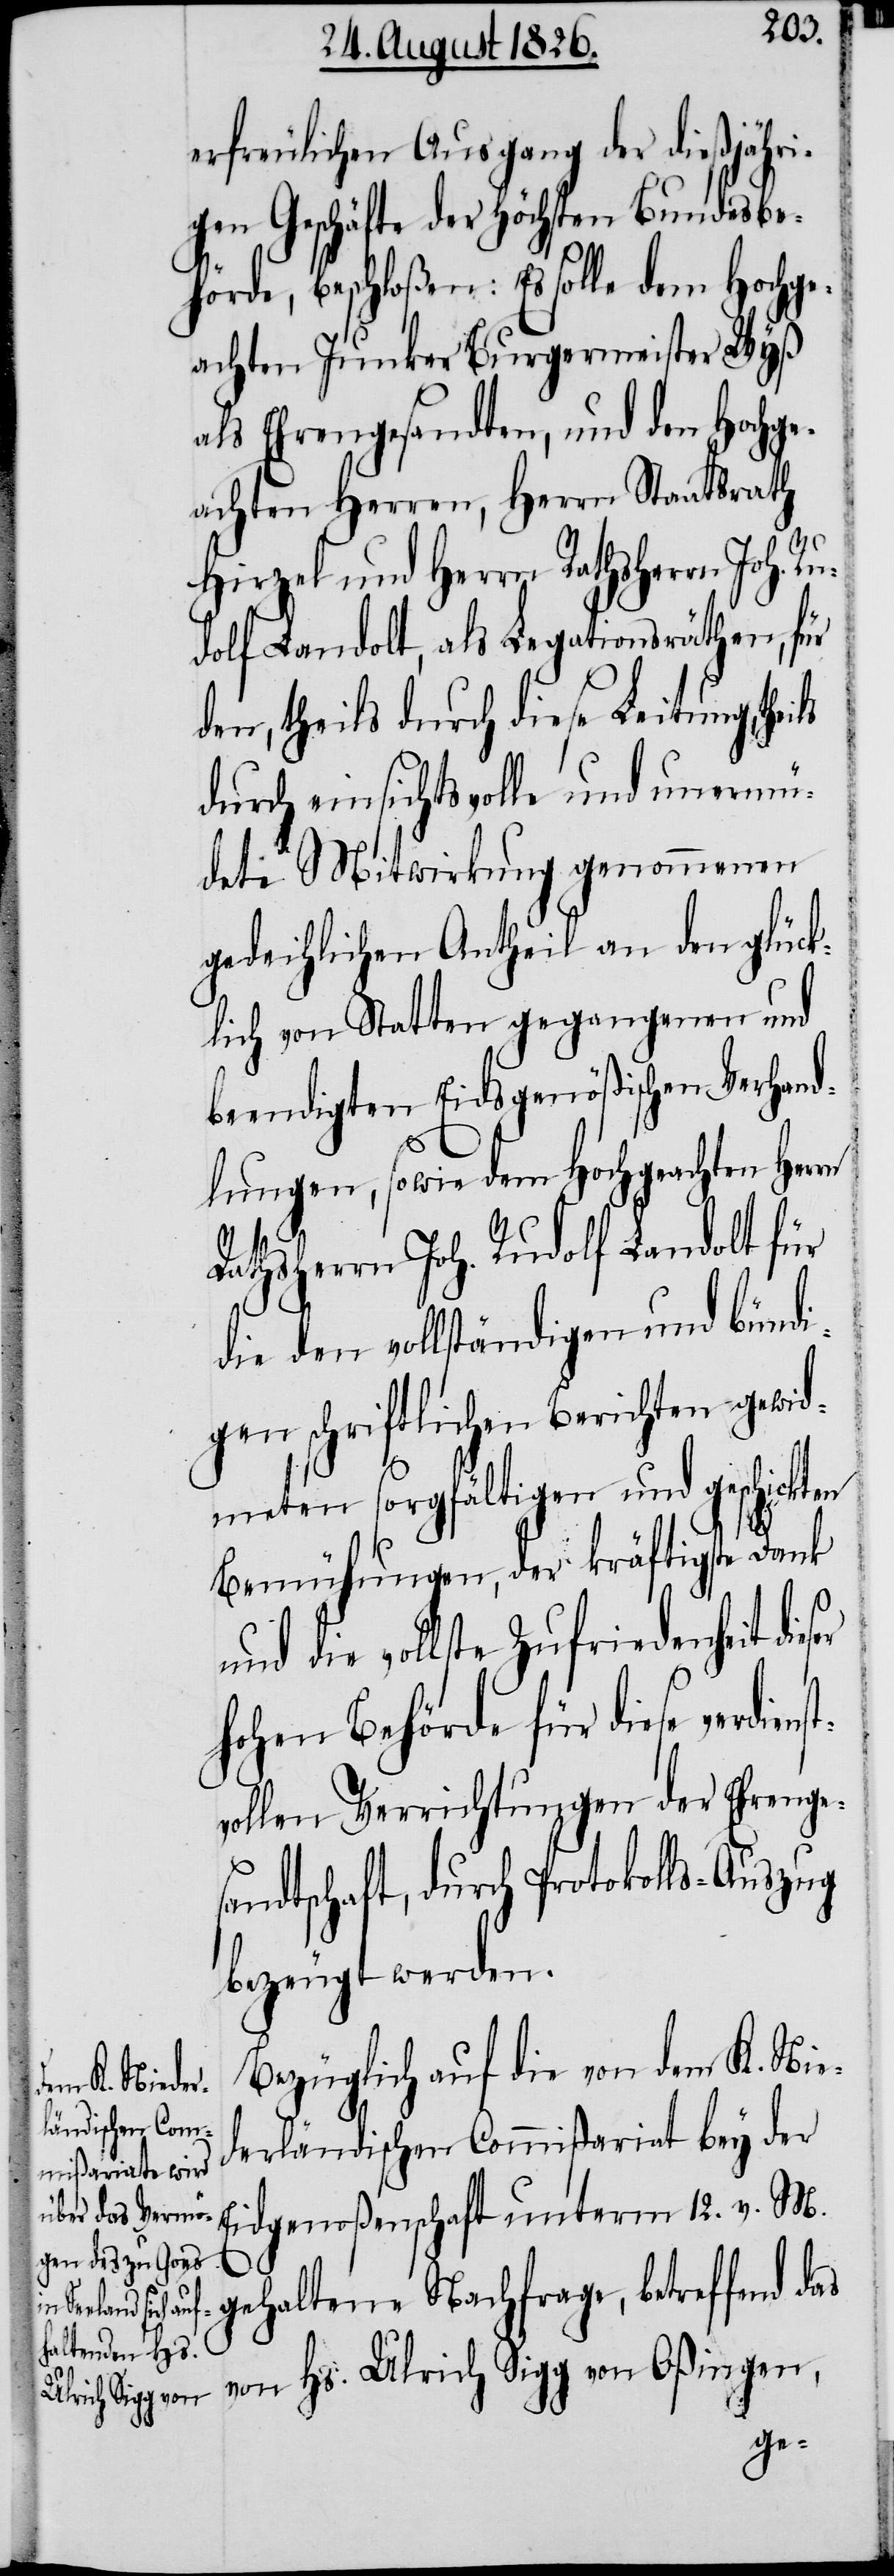
erfreulichen Ausgang der dießjähri¬
gen Geschäfte der höchsten Bundesbe¬
hörde, beschloßen: Es solle dem Hochge¬
achten Junker Burgermeister Wyß
als Ehrengesandten, und den Hochge¬
achten Herrn Staatsrath
Hirzel und Herrn Rathsherrn Joh. Ru¬
dolf Landolt, als Legationsräthen, für
den, theils durch diese Leitung, thei¬
durch einsichtsvolle und unermü¬
dete Mitwirkung genommenen
gedeihlichen Antheil an den glück¬
lich von Statten gegangenen und
beendigten Eidgenößischen Verhand¬
lungen, sowie dem Hochgeachten Herrn
Rathsherrn Joh. Rudolf Landolt für
die den vollständigen und bündi¬
gen schriftlichen Berichten gewid¬
meten sorgfältigen und geschickten
Bemühungen, der kräftigste Dank
und die vollste Zufriedenheit die¬
hohen Behörde für diese verdien¬
vollen Verrichtungen der Ehrenge¬
sandtschaft, durch Protokolls-Auszug
bezeugt werden.
Bezüglich auf die von dem K. Nie¬
derländischen Commißariat bey der
Eidgenoßenschaft unterm 12. v. M.
gehaltene Nachfrage, betreffend
von Hs: Ulrich Sigg von Oßingen,

st¬